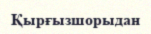
Қырғызшорыдан